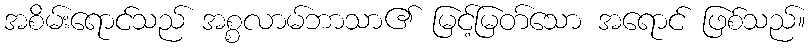
အစိမ်းရောင်သည် အစ္စလာမ်ဘာသာ၏ မြင့်မြတ်သော အရောင် ဖြစ်သည်။